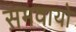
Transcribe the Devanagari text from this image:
समवायो